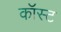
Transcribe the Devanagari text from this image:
कॉस्‍ट